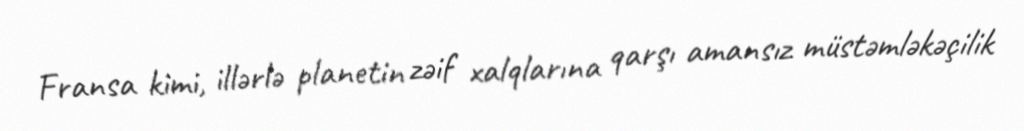
Fransa kimi, illərlə planetin zəif xalqlarına qarşı amansız müstəmləkəçilik